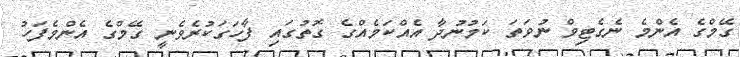
ގޭމްގެ އެންމެ ނެގެޓިވް ނުވަތަ ކަމުނުދާ އެެއްކަމެއްގެ ގޮތުގައި ފާހަގަކުރެވެނީ ގޭމްގެ އެންމެފަހު